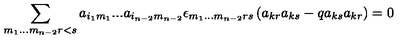
\sum _ { m _ { 1 } . . . m _ { n - 2 } r < s } a _ { i _ { 1 } m _ { 1 } } . . . a _ { i _ { n - 2 } m _ { n - 2 } } \epsilon _ { m _ { 1 } . . . m _ { n - 2 } r s } \left( a _ { k r } a _ { k s } - q a _ { k s } a _ { k r } \right) = 0